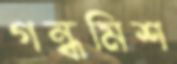
গন্ধমিশ